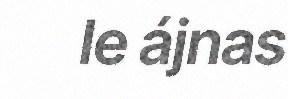
le ájnas